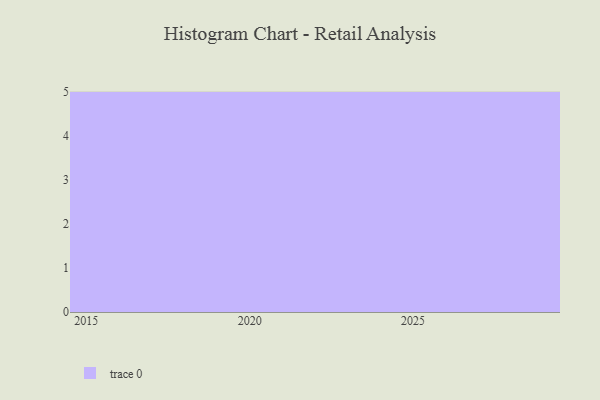
{"axis": {"x": "Year", "y": "Page Views"}, "legend": [""], "data": [{"x": "2025", "y": 52, "type": ""}, {"x": "2017", "y": 82, "type": ""}, {"x": "2027", "y": 8, "type": ""}, {"x": "2018", "y": 41, "type": ""}, {"x": "2020", "y": 69, "type": ""}, {"x": "2021", "y": 25, "type": ""}, {"x": "2024", "y": 43, "type": ""}, {"x": "2015", "y": 74, "type": ""}, {"x": "2026", "y": 83, "type": ""}, {"x": "2028", "y": 56, "type": ""}, {"x": "2023", "y": 76, "type": ""}, {"x": "2029", "y": 14, "type": ""}, {"x": "2019", "y": 96, "type": ""}, {"x": "2022", "y": 30, "type": ""}, {"x": "2016", "y": 8, "type": ""}]}